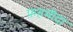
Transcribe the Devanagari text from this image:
फ़हमीदा